Annual report of the Punjab Veterinary College and of the Civil Veterinary Department, Punjab - 1894-1908
Year: 1894
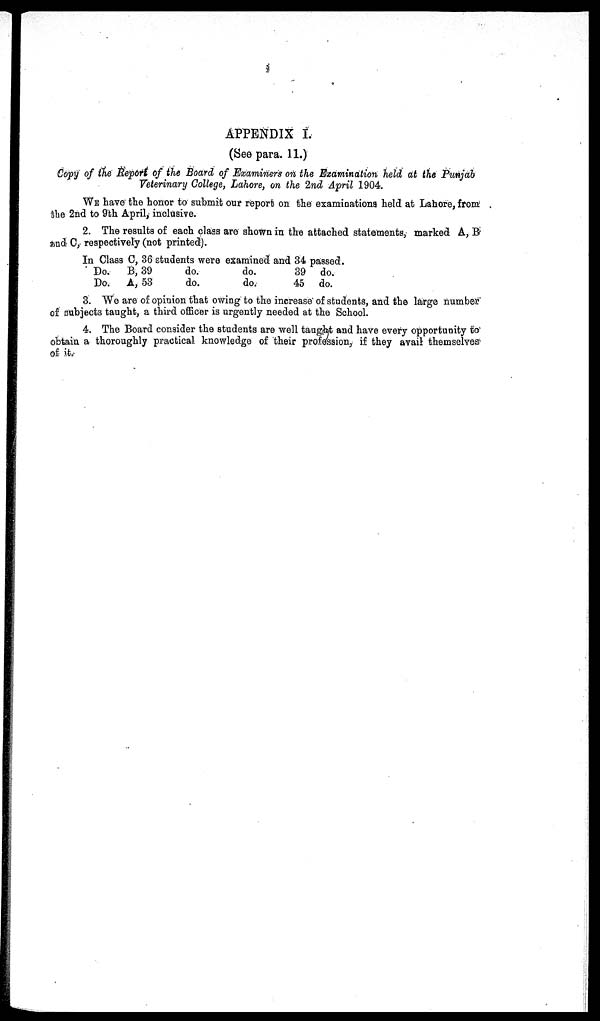
APPENDIX I.
(See para. 11.)
Copy of the Report of the Board of Examiners on the Examination held at the Punjab
Veterinary College, Lahore, on the 2nd April 1904.
WE have the honor to submit our report on the examinations held at Lahore, from
the 2nd to 9th April, inclusive.
2. The results of each class are shown in the attached statements, marked A, B
and C, respectively (not printed).
In Class C, 36 students were examined and 34 passed.
Do.
Do.
B, 39
A, 53
do.
do.
do.
do.
39
45
do.
do.
3. We are of opinion that owing to the increase of students, and the large number
of subjects taught, a third officer is urgently needed at the School.
4. The Board consider the students are well taught and have every opportunity to
obtain a thoroughly practical knowledge of their profession, if they avail themselves
of it.